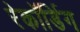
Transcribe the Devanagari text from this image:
रेकॉर्डिग